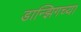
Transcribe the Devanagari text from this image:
डान्झिगच्या